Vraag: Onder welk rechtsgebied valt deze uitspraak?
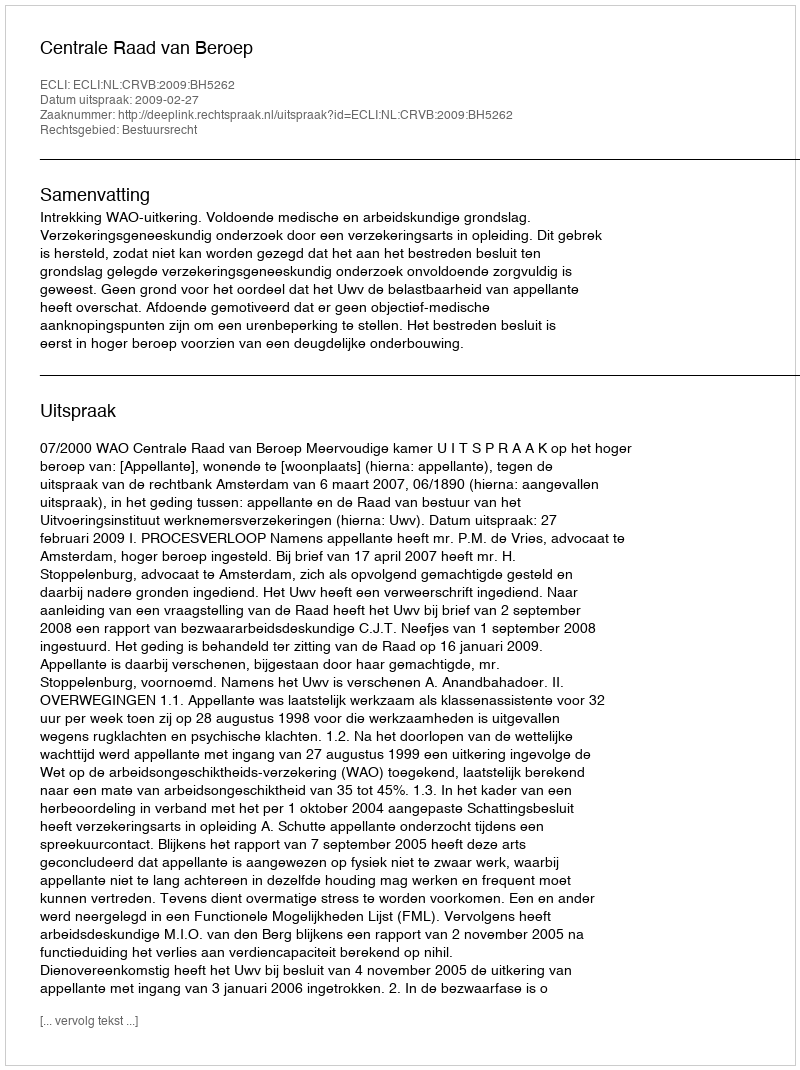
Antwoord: Bestuursrecht